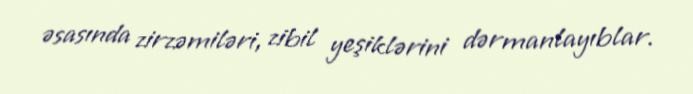
əsasında zirzəmiləri, zibil yeşiklərini dərmanlayıblar.